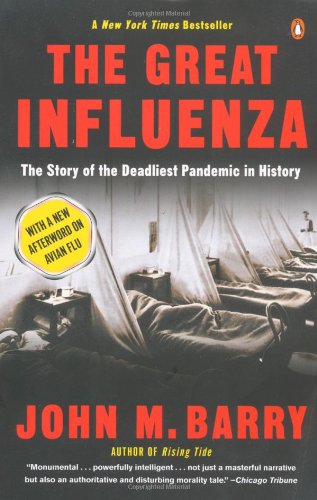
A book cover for The Great Influenza: The Story of the Deadliest Pandemic in History; John M. Barry; Medical Books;